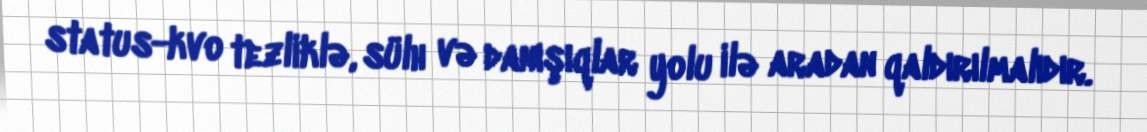
status-kvo tezliklə, sülh və danışıqlar yolu ilə aradan qaldırılmalıdır.